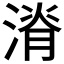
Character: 𱨄